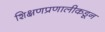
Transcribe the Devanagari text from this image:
शिक्षणप्रणालीकडून